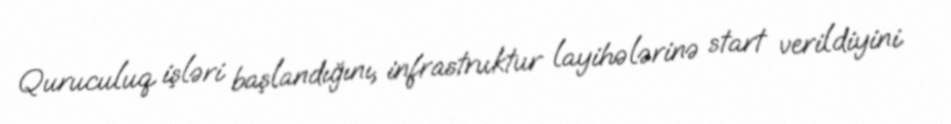
Quruculuq işləri başlandığını, infrastruktur layihələrinə start verildiyini